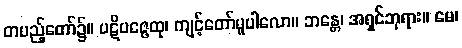
တပည့်တော်၌။ ပဋိပဇ္ဇေထု၊ ကျင့်တော်မူပါလော။ ဘန္တေ၊ အရှင်ဘုရား။ မေ၊